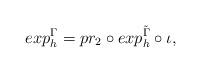
LaTeX: \begin{align*}exp^{\Gamma}_h = pr_2 \circ exp_{h}^{\tilde{\Gamma}} \circ \iota,\end{align*}